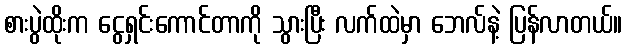
စားပွဲထိုးက ငွေရှင်းကောင်တာကို သွားပြီး လက်ထဲမှာ ဘေလ်နဲ့ ပြန်လာတယ်။